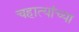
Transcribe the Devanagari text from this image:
चहात्यांच्या